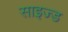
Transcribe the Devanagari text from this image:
साइज्ड